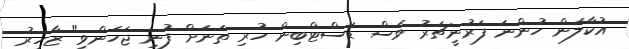
އުކާލަން ހުންނަ ފަރުނީޗަރު ވެސް ޑަސްޓްބިން ހުރި ތަނަށް ފުނި ޖަހަންވީ" ޒާހިރު